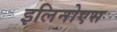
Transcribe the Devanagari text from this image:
इलिनोएस